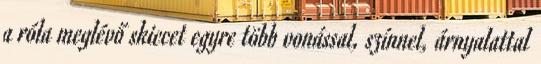
a róla meglévő skiccet egyre több vonással, színnel, árnyalattal